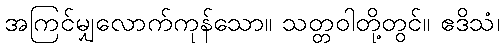
အကြင်မျှလောက်ကုန်သော။ သတ္တဝါတို့တွင်။ ဧဒိသံ၊